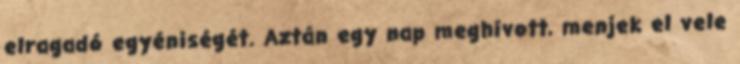
elragadó egyéniségét. Aztán egy nap meghívott, menjek el vele